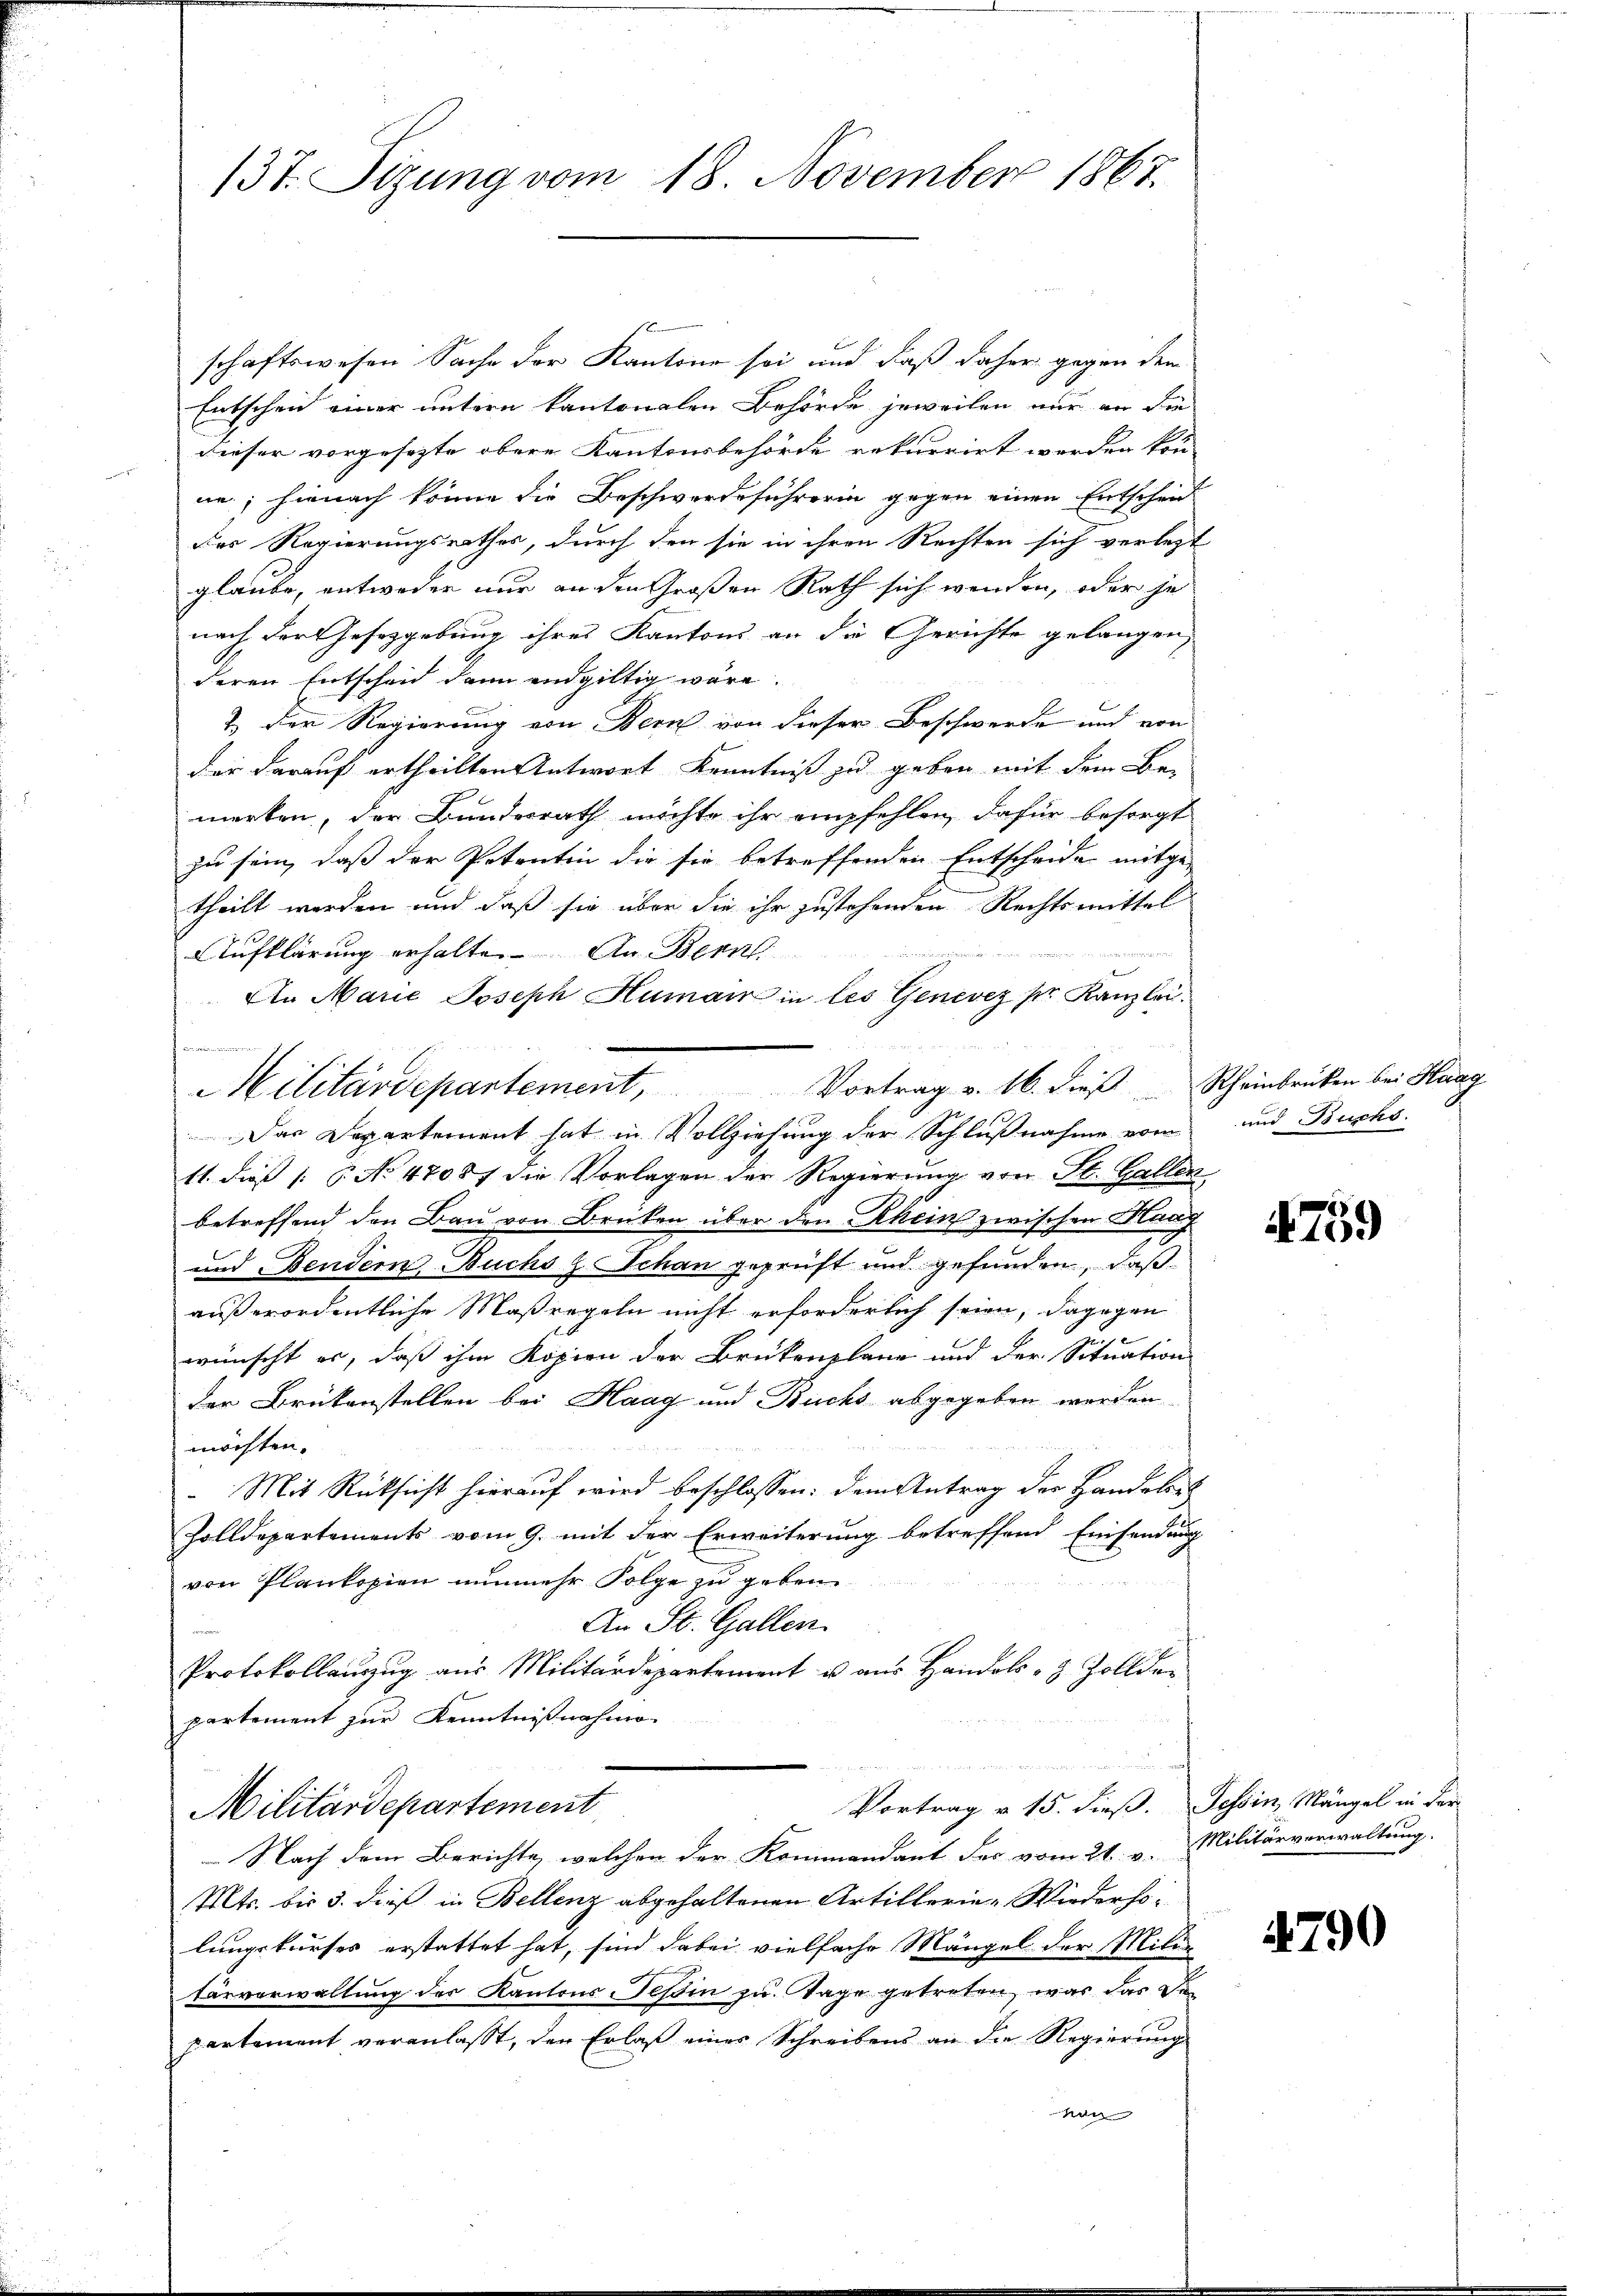
137. Sizung vom 18. November 1867.

s
schaftswesen Sache der Kantone sei und daß daher gegen dem
Entscheid einer untern kantonalen Behörde jeweilen nur an die
Dieser vorgesezte obere Kantonsbehörde rekurrirt worden kön-
ne; hienach könne die Beschwerdeführerin gegen einen Entscheid
des Regierungsrathes, durch den sie in ihren Rechten sich verletzt
glaube, entweder nur an den Großen Rath sich wenden, oder je
nach der Gesetzgebung ihres Kantons an die Gerichte gelangen,
deren Entscheid dann endgültig wäre.
2. Der Regierung von Bern von dieser Beschwerde und von
der darauf ertheilten Antwort Kenntniß zu geben mit dem Be-
merken, der Bundesrath möchte ihr empfehlen, dafür besorgt
zu sein, daß der Potentin die sie betreffenden Entscheide mitge-
theilt werden und daß sie über die ihr zustehenden Rechtsmittel
Aufklärung erhalten. An Bern
An Marie Joseph Humann in les Genevez pr. Kanzlei:
11. dieß (: No 47087 die Vorlagen der Regierung von St. Gallen
betreffend den Bau von Brücken über den Rhein zwischen Kauf
und Bendern, Buchs z. Schan geprüft und gefunden, daß
außerordentliche Maßregeln nicht erforderlich seien, dagegen
wünscht er, daß ihm Kopien der Brükenslang und der Situation
der Brükenstellen bei Haag und Buchs abgegeben werden
möchten.
.
 Mit Rücksicht hierauf wird beschlossen: dem Antrag der Handelbe
Zolldepartements vom 9. mit der Erweiterung betreffend Einsendung

von Plankopien nunmehr Folge zu geben
An St. Gallen.
Protokollauszug aus Militärdepartement u. aus Handels- & Zolldepartement zur Kenntnißnahme
Vortrag v. 15. dieß. Tessin, Mängel in der
Militärdepartement
Nach dem Berichte, welchen der Kommandant des vom 21. v. Militärverwaltung.
Mts. bis 3. dieß in Bellenz abgehaltenen Artillerie-Wiederholungskurses erstattet hat, sind dabei vielfache Mängel der Mili-
tärverwaltung der Kantons Tessin zu Tage getreten, was das Departement veranlaßt, den Erlaß eines Schreibens an die Regierung
von

f wordernommenen

Militärdepartement, Vortrag v. 16. dieβ Rheinbrücken bei Haag
Das Departement hat in Vollziehung der Schlußnahme vom

und Buchs.

759

4790